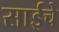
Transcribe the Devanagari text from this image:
साईचे